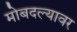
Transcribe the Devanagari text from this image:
मोबदल्यावर